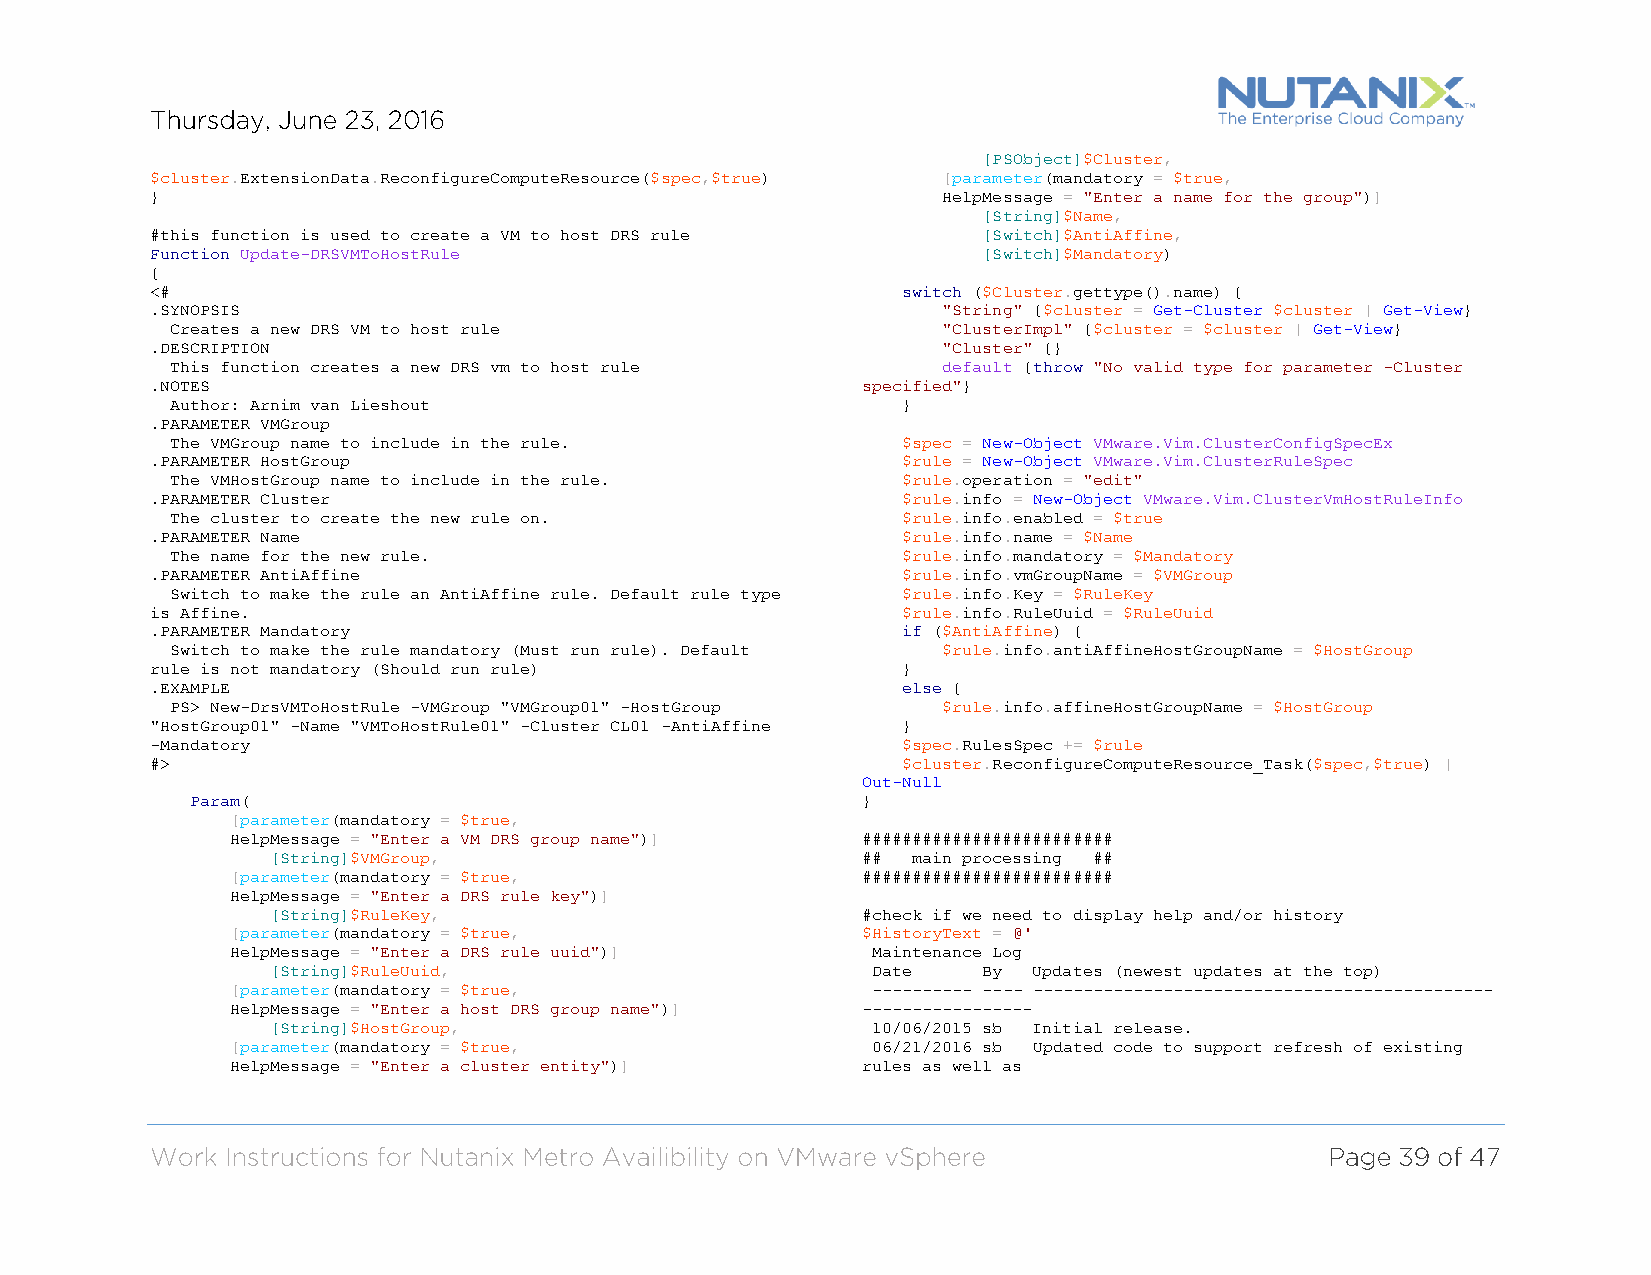
[PSObject]$Cluster,
 $cluster.ExtensionData.ReconfigureComputeResource($spec,$true) [parameter(mandatory = $true,
 }                                                   HelpMessage = "Enter a name for the group")]
 [String]$Name,
 #this function is used to create a VM to host DRS rule [Switch]$AntiAffine,
 Function Update-DRSVMToHostRule                        [Switch]$Mandatory)
 {
 <#                                                switch ($Cluster.gettype().name) {
 .SYNOPSIS                                           "String" {$cluster = Get-Cluster $cluster | Get-View}
 Creates a new DRS VM to host rule                  "ClusterImpl" {$cluster = $cluster | Get-View}
 .DESCRIPTION                                        "Cluster" {}
 This function creates a new DRS vm to host rule    default {throw "No valid type for parameter -Cluster
 .NOTES                                         specified"}
 Author: Arnim van Lieshout                       }
 .PARAMETER VMGroup
 The VMGroup name to include in the rule.         $spec = New-Object VMware.Vim.ClusterConfigSpecEx
 .PARAMETER HostGroup                              $rule = New-Object VMware.Vim.ClusterRuleSpec
 The VMHostGroup name to include in the rule.     $rule.operation = "edit"
 .PARAMETER Cluster                                $rule.info = New-Object VMware.Vim.ClusterVmHostRuleInfo
 The cluster to create the new rule on.           $rule.info.enabled = $true
 .PARAMETER Name                                   $rule.info.name = $Name
 The name for the new rule.                       $rule.info.mandatory = $Mandatory
 .PARAMETER AntiAffine                             $rule.info.vmGroupName = $VMGroup
 Switch to make the rule an AntiAffine rule. Default rule type $rule.info.Key = $RuleKey
 is Affine.                                        $rule.info.RuleUuid = $RuleUuid
 .PARAMETER Mandatory                              if ($AntiAffine) {
 Switch to make the rule mandatory (Must run rule). Default $rule.info.antiAffineHostGroupName = $HostGroup
 rule is not mandatory (Should run rule)           }
 .EXAMPLE                                          else {
 PS> New-DrsVMToHostRule -VMGroup "VMGroup01" -HostGroup $rule.info.affineHostGroupName = $HostGroup
 "HostGroup01" -Name "VMToHostRule01" -Cluster CL01 -AntiAffine }
 -Mandatory                                        $spec.RulesSpec += $rule
 #>                                                $cluster.ReconfigureComputeResource_Task($spec,$true) |
 Out-Null
 Param(                                      }
 [parameter(mandatory = $true,
 HelpMessage = "Enter a VM DRS group name")] #########################
 [String]$VMGroup,                      ## main processing ##
 [parameter(mandatory = $true,             #########################
 HelpMessage = "Enter a DRS rule key")]
 [String]$RuleKey,                      #check if we need to display help and/or history
 [parameter(mandatory = $true,             $HistoryText = @'
 HelpMessage = "Enter a DRS rule uuid")]    Maintenance Log
 [String]$RuleUuid,                      Date   By Updates (newest updates at the top)
 [parameter(mandatory = $true,              ---------- ---- ----------------------------------------------
 HelpMessage = "Enter a host DRS group name")] -----------------
 [String]$HostGroup,                     10/06/2015 sb Initial release.
 [parameter(mandatory = $true,              06/21/2016 sb Updated code to support refresh of existing
 HelpMessage = "Enter a cluster entity")]  rules as well as